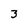
Character: 3